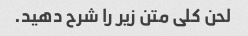
لحن کلی متن زیر را شرح دهید.